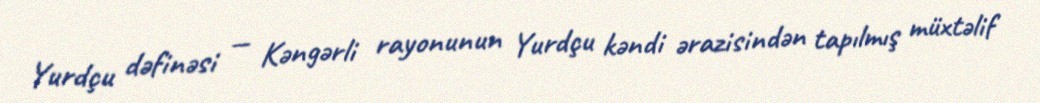
Yurdçu dəfinəsi — Kəngərli rayonunun Yurdçu kəndi ərazisindən tapılmış müxtəlif